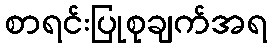
စာရင်းပြုစုချက်အရ